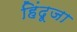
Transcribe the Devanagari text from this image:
हिंदूजा